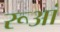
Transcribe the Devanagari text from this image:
रूआं